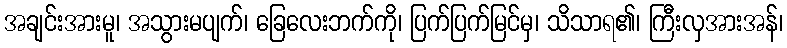
အချင်းအားမူ၊ အသွားမပျက်၊ ခြေလေးဘက်ကို၊ ပြက်ပြက်မြင်မှ၊ သိသာရ၏၊ ကြီးလှအားအန်၊